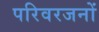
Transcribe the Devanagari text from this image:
परिवरजनों